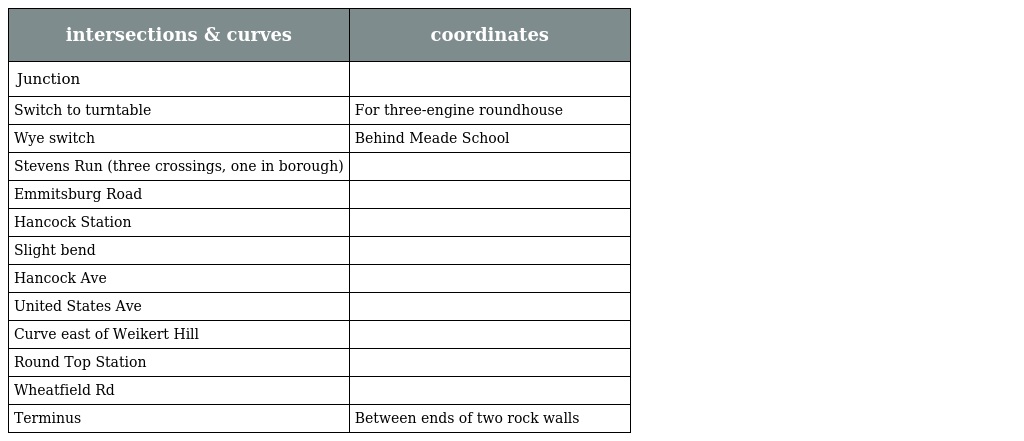
| intersections & curves | coordinates |
 | --- | --- |
 | Junction |  |
 | Switch to turntable | For three-engine roundhouse |
 | Wye switch | Behind Meade School |
 | Stevens Run (three crossings, one in borough) |  |
 | Emmitsburg Road |  |
 | Hancock Station |  |
 | Slight bend |  |
 | Hancock Ave |  |
 | United States Ave |  |
 | Curve east of Weikert Hill |  |
 | Round Top Station |  |
 | Wheatfield Rd |  |
 | Terminus | Between ends of two rock walls |